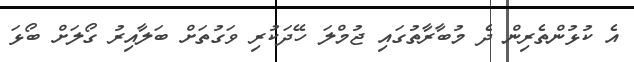
އެ ކުޅުންތެރިން ދެ މުބާރާތުގައި ޖުމްލަ ހޭދަކުރި ވަގުތަށް ބަލާއިރު ގޯލަށް ބޯޅަ